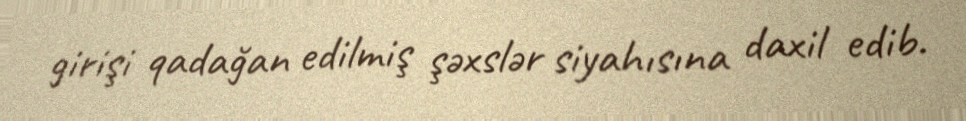
girişi qadağan edilmiş şəxslər siyahısına daxil edib.